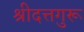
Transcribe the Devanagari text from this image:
श्रीदत्तगुरू